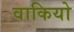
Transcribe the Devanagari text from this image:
वाकियो